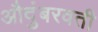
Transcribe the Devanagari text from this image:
औदुंबरवती